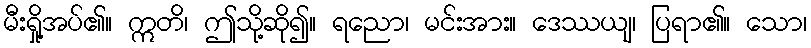
မီးရှို့အပ်၏။ ဣတိ၊ ဤသို့ဆို၍။ ရညော၊ မင်းအား။ ဒေဿယျ၊ ပြရာ၏။ သော၊